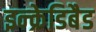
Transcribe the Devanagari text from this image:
इन्क्रेडिबैड